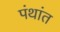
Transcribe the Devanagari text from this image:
पंथांत